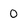
Character: 0